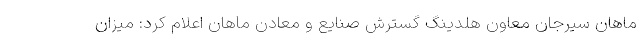
ماهان سیرجان معاون هلدینگ گسترش صنایع و معادن ماهان اعلام کرد: میزان